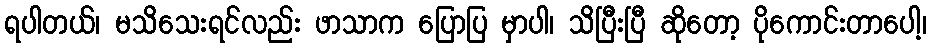
ရပါတယ်၊ မသိသေးရင်လည်း ဖာသာက ပြောပြ မှာပါ၊ သိပြီးပြီ ဆိုတော့ ပိုကောင်းတာပေါ့၊